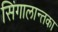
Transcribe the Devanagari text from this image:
सिंगालान्तका